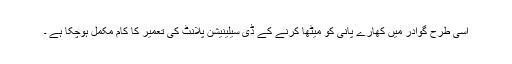
اسی طرح گوادر میں کھارے پانی کو میٹھا کرنے کے ڈی سیلینیشن پلانٹ کی تعمیر کا کام مکمل ہوچکا ہے ۔